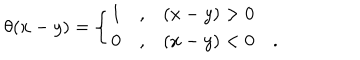
LaTeX: \theta ( x - y ) = \left\{ \begin{array} { c c l } { { 1 } } & { { , } } & { { ( x - y ) > 0 } } \\ { { 0 } } & { { , } } & { { ( x - y ) < 0 \quad . } } \\ \end{array} \right.